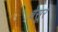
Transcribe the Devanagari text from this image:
बेसूर